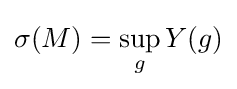
\sigma (M)=\sup _{g}Y(g)